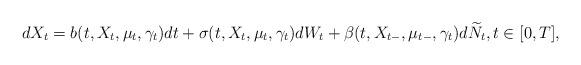
LaTeX: \begin{align*} dX_t = b(t,X_t,\mu_t, \gamma_t ) dt + \sigma(t,X_t, \mu_t ,\gamma_t ) dW_t + \beta(t,X_{t-},\mu_{t-},\gamma_{t}) d\widetilde N_t,t\in[0,T],\end{align*}